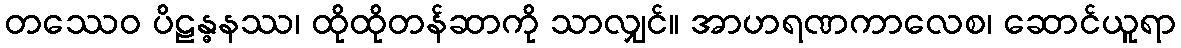
တဿေဝ ပိဠန္ဓနဿ၊ ထိုထိုတန်ဆာကို သာလျှင်။ အာဟရဏကာလေစ၊ ဆောင်ယူရာ